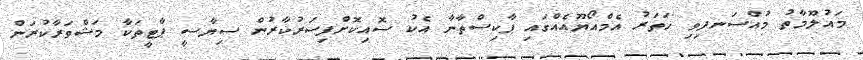
މައުލޫމާތު މުއްސަނދިވި ހަތަރު އެމްއޯޔޫއެއްގައި ޕާކިސްތާނާ އެކު ސޮއިކޮށްފިސަރުކާރުން ސިޔާސީ ޕާޓީތަކާ މަޝްވަރާކުރަން